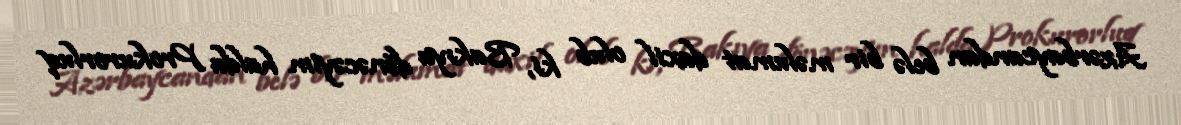
Azərbaycandan belə bir məlumat daxil olub ki, Bakıya dönəcəyim halda Prokurorluq